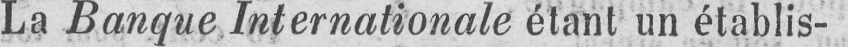
La Banque Internationale étant un établis-